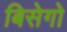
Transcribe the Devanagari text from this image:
बिसेगो